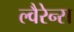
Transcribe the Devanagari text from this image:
ल्वैरेन्स